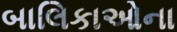
બાલિકાઓના